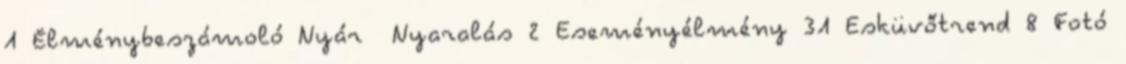
1 Élménybeszámoló Nyár Nyaralás 2 Eseményélmény 31 Esküvőtrend 8 Fotó